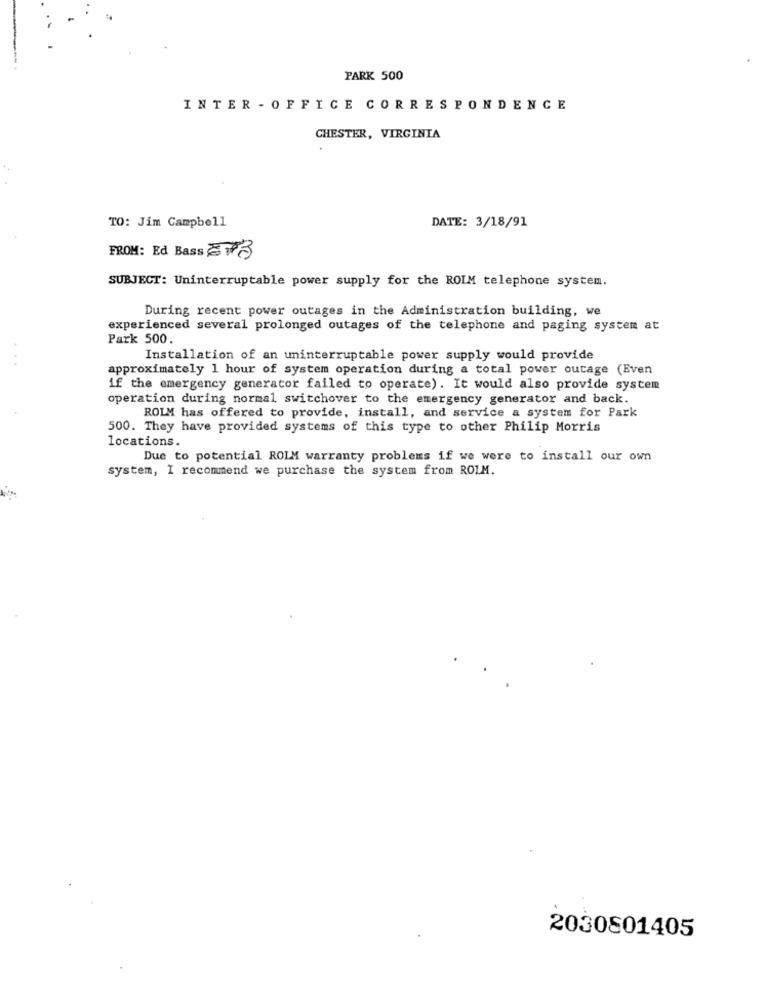
PARK 500
INTER - OFFICE CORRESPONDENCE
CHESTER, VIRGINIA
TO: Jim Campbell
DATE: 3/18/91
FROM: Ed Bass EN3
SUBJECT: Uninterruptable power supply for the ROIM telephone system.
During recent power outages in the Administration building, we
experienced several prolonged outages of the telephone and paging system at
Park 500.
Installation of an uninterruptable power supply would provide
approximately 1 hour of system operation during a total power outage (Even
if the emergency generator failed to operate). It would also provide system
operation during normal switchover to the emergency generator and back.
ROLM has offered to provide, install, and service a system for Park
500. They have provided systems of this type to other Philip Morris
locations.
Due to potential ROIM warranty problems if we were to install our own
system, I recommend we purchase the system from ROLM.
2030801405